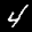
Label: 4